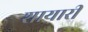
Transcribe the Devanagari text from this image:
शायारी